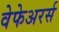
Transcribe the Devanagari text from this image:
वेफेअरर्स